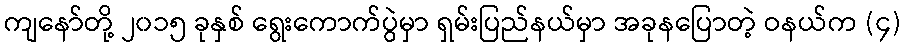
ကျနော်တို့ ၂၀၁၅ ခုနှစ် ရွေးကောက်ပွဲမှာ ရှမ်းပြည်နယ်မှာ အခုနပြောတဲ့ ဝနယ်က (၄)